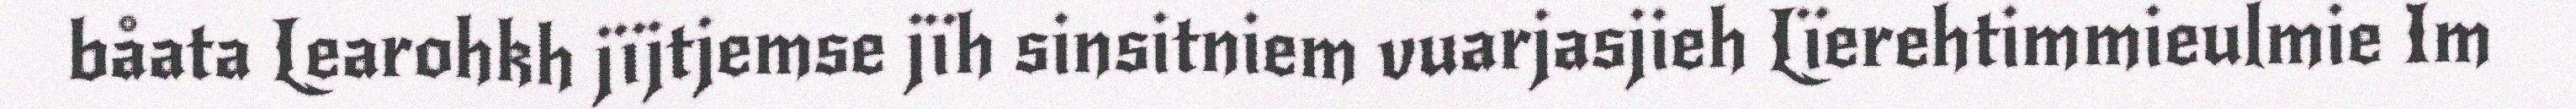
båata Learohkh jïjtjemse jïh sinsitniem vuarjasjieh Lïerehtimmieulmie Im